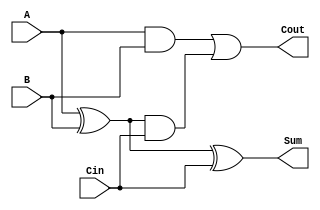
module tree_structured_full_adder (
    input wire A,     // First input bit
    input wire B,     // Second input bit
    input wire Cin,   // Carry-in bit
    output wire Sum,  // Output sum bit
    output wire Cout  // Output carry-out bit
);

    // Internal wires for intermediate results
    wire S1;         // Intermediate sum from A and B
    wire C1;         // Intermediate carry from A and B
    wire C2;         // Intermediate carry from S1 and Cin

    // Level 1: Compute intermediate sum and carry
    assign S1 = A ^ B;        // S1 = A XOR B
    assign C1 = A & B;        // C1 = A AND B

    // Level 2: Compute final sum and intermediate carry
    assign Sum = S1 ^ Cin;    // Sum = S1 XOR Cin
    assign C2 = S1 & Cin;      // C2 = S1 AND Cin

    // Final stage: Compute final carry-out
    assign Cout = C1 | C2;    // Cout = C1 OR C2

endmodule